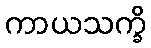
ကာယသက္ခိ